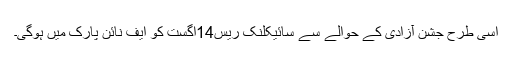
اسی طرح جشن آزادی کے حوالے سے سائیکلنک ریس14اگست کو ایف نائن پارک میں ہوگی۔